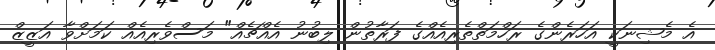
އެ މެޝިނަކީ އަހަރެންގެ ރަހްމަތްތެރިއެއްގެ ފަރާތުން ލިބުނު އެއްޗެއް" މަސްވެރިއެއް ކަމަށްވާ އަޒީޒް